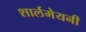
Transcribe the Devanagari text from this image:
शार्लमेयनी